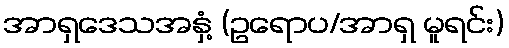
အာရှဒေသအနှံ့ (ဥရောပ/အာရှ မူရင်း)